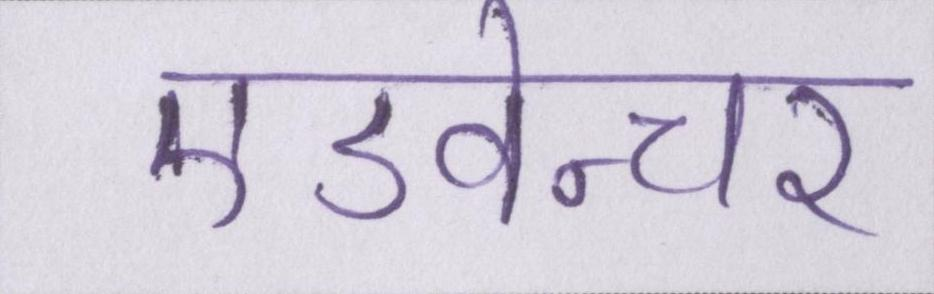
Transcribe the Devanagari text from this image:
एडवेन्चर